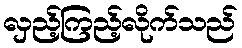
လှည့်ကြည့်လိုက်သည်